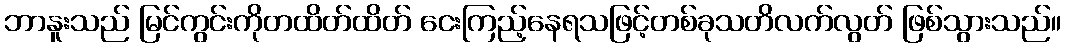
ဘာနူးသည် မြင်ကွင်းကိုတထိတ်ထိတ် ငေးကြည့်နေရသဖြင့်တစ်ခုသတိလက်လွတ် ဖြစ်သွားသည်။